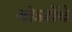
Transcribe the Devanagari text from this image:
गोडसेंचे